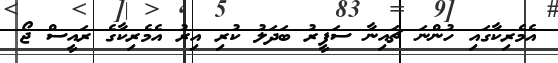
އެމެރިކާގައި ހުންނަ ޗައިނާ ސަފީރު ބަދަލު ކުރި އިރު އެމެރިކާގެ ރައީސް ޖޯ